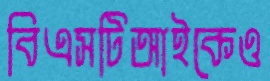
বিএসটিআইকেও